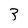
Character: 3